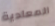
المعادية